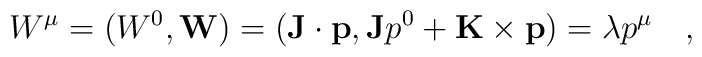
W^{\mu} = (W^{0},{\bf W}) = ({\bf J}\cdot {\bf p}, {\bf J}p^{0} +{\bf K}\times {\bf p}) = \lambda p^{\mu}~~~,